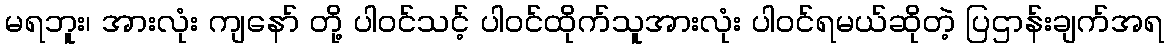
မရဘူး၊ အားလုံး ကျနော် တို့ ပါဝင်သင့် ပါဝင်ထိုက်သူအားလုံး ပါဝင်ရမယ်ဆိုတဲ့ ပြဌာန်းချက်အရ